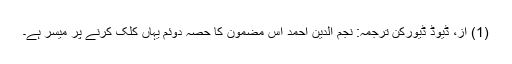
(1) از، ڈیوڈ ڈیورکن ترجمہ: نجم الدین احمد اس مضمون کا حصہ دوئم یہاں کلک کرنے پر میسر ہے۔